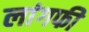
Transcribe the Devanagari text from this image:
लांगफी